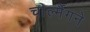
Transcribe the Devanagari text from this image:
चार्ल्मैगने